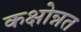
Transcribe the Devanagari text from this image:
कक्षोन्नत